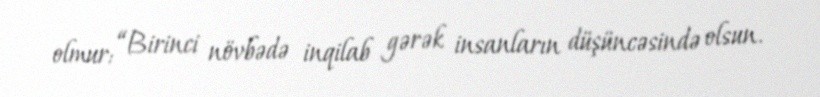
olmur: “Birinci növbədə inqilab gərək insanların düşüncəsində olsun.